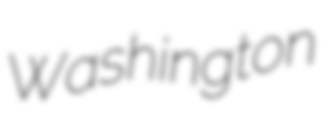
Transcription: Washington